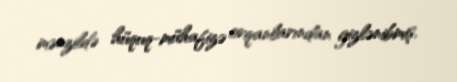
mənzildə hüquq-mühafizə orqanlarından gizlənibmiş.